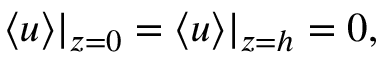
\begin{array} { r } { \langle u \rangle | _ { z = 0 } = \langle u \rangle | _ { z = h } = 0 , } \end{array}